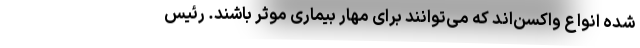
شده انواع واکسن‌اند که می‌توانند برای مهار بیماری موثر باشند. رئیس